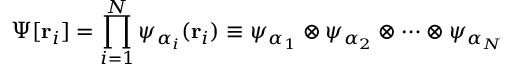
\Psi [ \mathbf { r } _ { i } ] = \prod _ { i = 1 } ^ { N } \psi _ { \alpha _ { i } } ( \mathbf { r } _ { i } ) \equiv \psi _ { \alpha _ { 1 } } \otimes \psi _ { \alpha _ { 2 } } \otimes \cdots \otimes \psi _ { \alpha _ { N } }